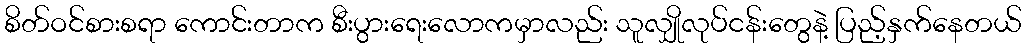
စိတ်ဝင်စားစရာ ကောင်းတာက စီးပွားရေးလောကမှာလည်း သူလျှိုလုပ်ငန်းတွေနဲ့ ပြည့်နှက်နေတယ်